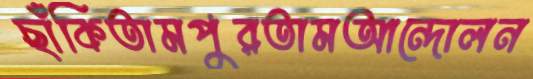
ছাঁকিতামপুরতামআন্দোলন